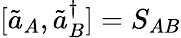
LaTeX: [\tilde{a}_{A},\tilde{a}_{B}^{\dagger}]=S_{AB}